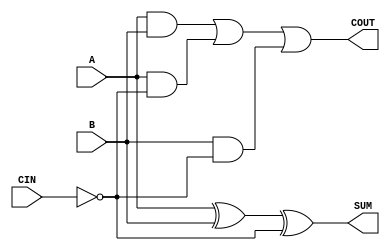
module sky130_fd_sc_ls__fahcin (
    COUT,
    SUM ,
    A   ,
    B   ,
    CIN
);

    // Module ports
    output COUT;
    output SUM ;
    input  A   ;
    input  B   ;
    input  CIN ;

    // Local signals
    wire ci          ;
    wire xor0_out_SUM;
    wire a_b         ;
    wire a_ci        ;
    wire b_ci        ;
    wire or0_out_COUT;

    //  Name  Output        Other arguments
    not not0 (ci          , CIN            );
    xor xor0 (xor0_out_SUM, A, B, ci       );
    buf buf0 (SUM         , xor0_out_SUM   );
    and and0 (a_b         , A, B           );
    and and1 (a_ci        , A, ci          );
    and and2 (b_ci        , B, ci          );
    or  or0  (or0_out_COUT, a_b, a_ci, b_ci);
    buf buf1 (COUT        , or0_out_COUT   );

endmodule